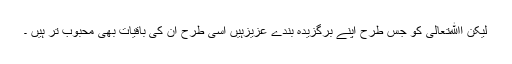
لیکن اﷲتعالی کو جس طرح اپنے برگزیدہ بندے عزیزہیں اسی طرح ان کی باقیات بھی محبوب تر ہیں ۔